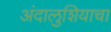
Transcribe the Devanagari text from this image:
अंदालुशियाचा